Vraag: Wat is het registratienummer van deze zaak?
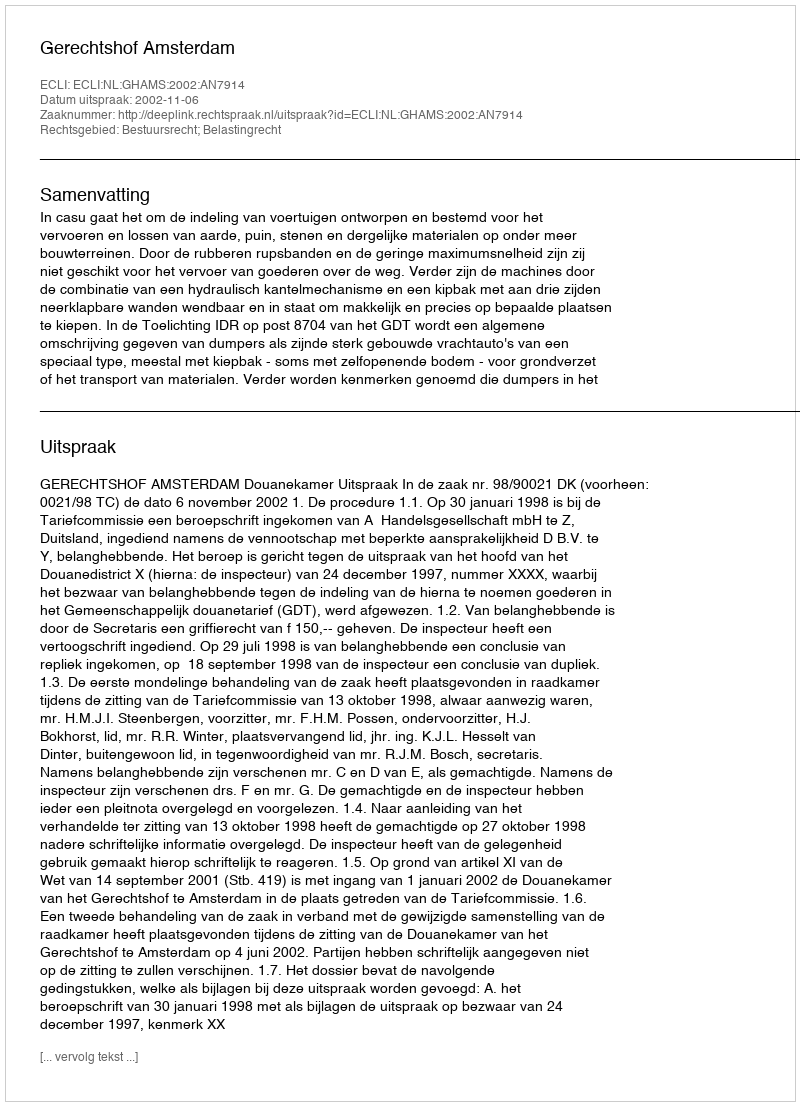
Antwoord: http://deeplink.rechtspraak.nl/uitspraak?id=ECLI:NL:GHAMS:2002:AN7914